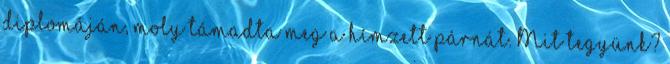
diplomáján, moly támadta meg a hímzett párnát. Mit tegyünk?